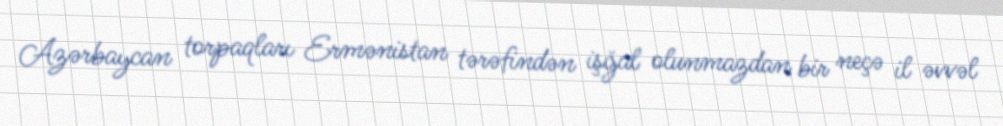
Azərbaycan torpaqları Ermənistan tərəfindən işğal olunmazdan bir neçə il əvvəl